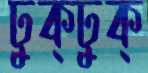
ঢুক্‌ঢুক্‌